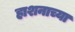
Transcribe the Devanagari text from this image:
हाशनाच्या